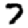
Digit: 7